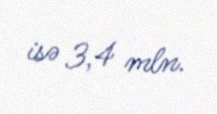
isə 3,4 mln.